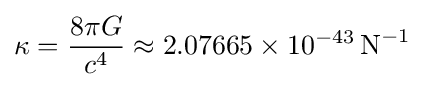
\kappa ={\frac {8\pi G}{c^{4}}}\approx 2.07665\times 10^{-43}\,{\textrm {N}}^{-1}